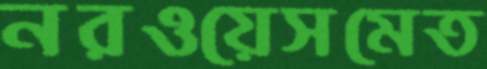
নরওয়েসমেত